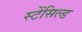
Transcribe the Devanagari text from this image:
स्टेंसिल्ड